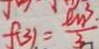
f ( 3 ) = \frac { l m ^ { 3 } } { 3 }